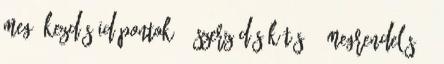
meg. Kezdés időpontok: - szerződés kötés, - megrendelés, -